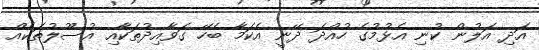
އަދި އަލުން ކުނި އެޅުމުގެ ހުއްދަ ދޭނީ އެކަމާ ބެހޭ ގަވާއިދުތަކާއި އުސޫލުތަކެއް